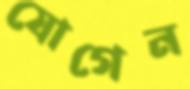
যোগেন